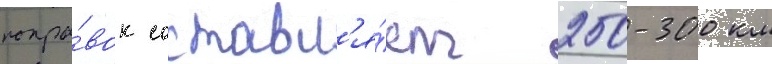
попра́вок составл'я́ет 250-300 км